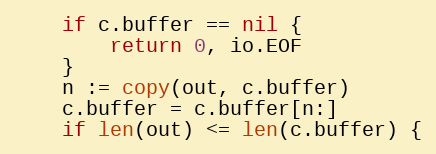
Language: Go
	if c.buffer == nil {
		return 0, io.EOF
	}
	n := copy(out, c.buffer)
	c.buffer = c.buffer[n:]
	if len(out) <= len(c.buffer) {